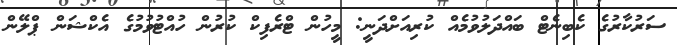
ސަރުކާރުގެ ކެބިނެޓް ބައްދަލުވުމެއް ކުރިއަށްދަނީ: މީހުން ޓްރެފިކް ކުރުން ހުއްޓުވުމުގެ އެކްޝަން ޕްލޭން